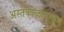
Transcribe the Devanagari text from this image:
अस्तकाळापासून